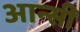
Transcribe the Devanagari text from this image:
आन्सी